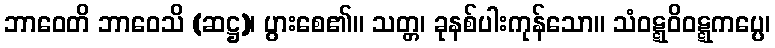
ဘာဝေတိ ဘာဝေသိ (ဆဋ္ဌ)၊ ပွားစေ၏။ သတ္တ၊ ခုနစ်ပါးကုန်သော။ သံဝဋ္ဋဝိဝဋ္ဋကပ္ပေ၊